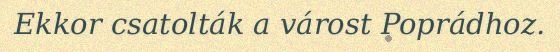
Ekkor csatolták a várost Poprádhoz.